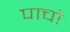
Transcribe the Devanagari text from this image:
पाचो